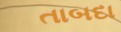
તાબદા